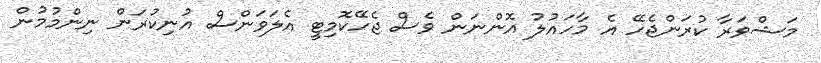
މަޝްވަރާ ކުރަންޖެހޭ އެ މާހައުލު އޮންނަން ވެސް ޖެހޭކޮމިޓީ އެލަވަންސް އުނިކުރަން ނިންމުމުން